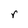
Character: r